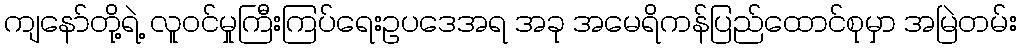
ကျနော်တို့ရဲ့ လူဝင်မှုကြီးကြပ်ရေးဥပဒေအရ အခု အမေရိကန်ပြည်ထောင်စုမှာ အမြဲတမ်း